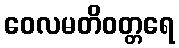
ဝေလမတိဝတ္တရေ